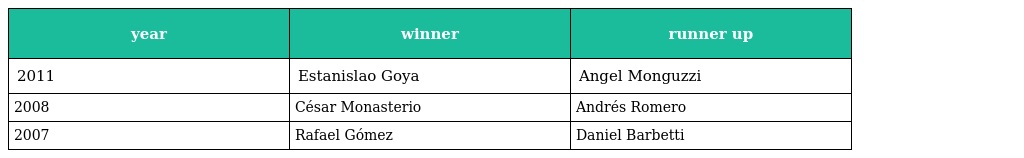
| year | winner | runner up |
 | --- | --- | --- |
 | 2011 | Estanislao Goya | Angel Monguzzi |
 | 2008 | César Monasterio | Andrés Romero |
 | 2007 | Rafael Gómez | Daniel Barbetti |